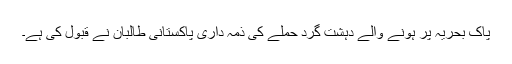
پاک بحریہ پر ہونے والے دہشت گرد حملے کی ذمہ داری پاکستانی طالبان نے قبول کی ہے۔